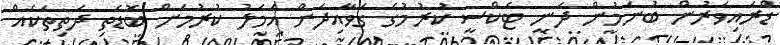
ޑްރައިވަރުން ބުނަމުން ދަނީ ޓެކްސީ ކުރުމުގެ ގަވާއިދަށް އަމަލު ކުރުމަށް ބޮޑެތި ދަތިތަކެއް